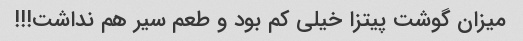
میزان گوشت پیتزا خیلی کم بود و طعم سیر هم نداشت!!!